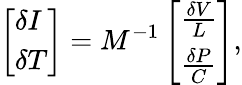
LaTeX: \left[\begin{array}{l}{\delta I}\\ {\delta T}\end{array}\right]=M^{-1}\left[\begin{array}{l}{\frac{\delta V}{L}}\\ {\frac{\delta P}{C}}\end{array}\right],